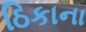
ઠિકાના